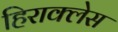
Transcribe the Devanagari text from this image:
हिराक्लेस